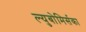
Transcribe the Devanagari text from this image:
ल्युबोमिर्सका